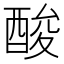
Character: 酸